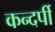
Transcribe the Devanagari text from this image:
कन्दर्पी